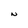
Character: N